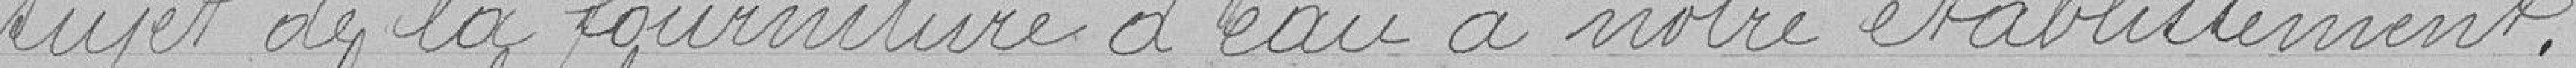
sujet de la fourniture d'eau à notre établissement.